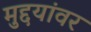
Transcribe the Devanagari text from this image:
मुद्दयांवर